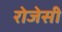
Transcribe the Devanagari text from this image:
रोजेसी